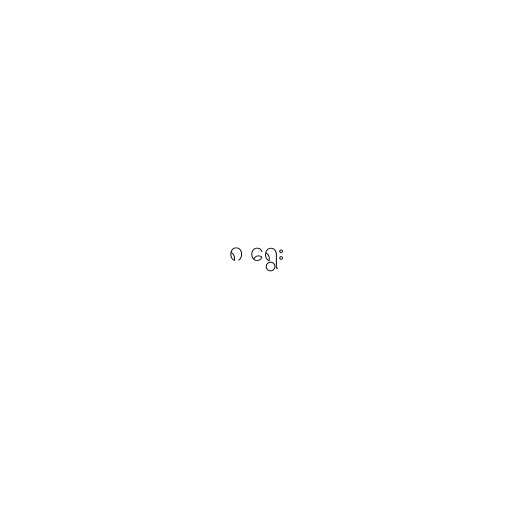
၈ ရွေး